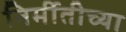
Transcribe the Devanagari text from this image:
निर्मीतीच्या